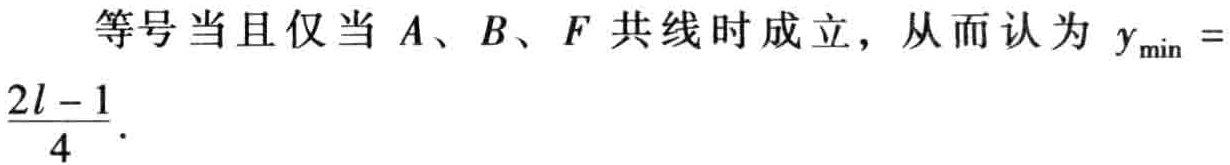
等号当且仅当 \(A、B、F\) 共线时成立，从而认为 \(y_{\min}=\frac{2l - 1}{4}\)．